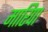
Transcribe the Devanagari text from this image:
मारिपा